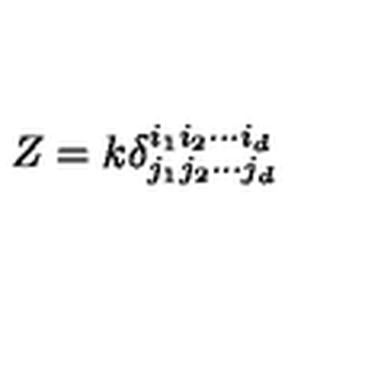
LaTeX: Z = k \delta _ { j _ { 1 } j _ { 2 } \cdots j _ { d } } ^ { i _ { 1 } i _ { 2 } \cdots i _ { d } } \,